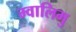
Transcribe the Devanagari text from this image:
म्वालिमु